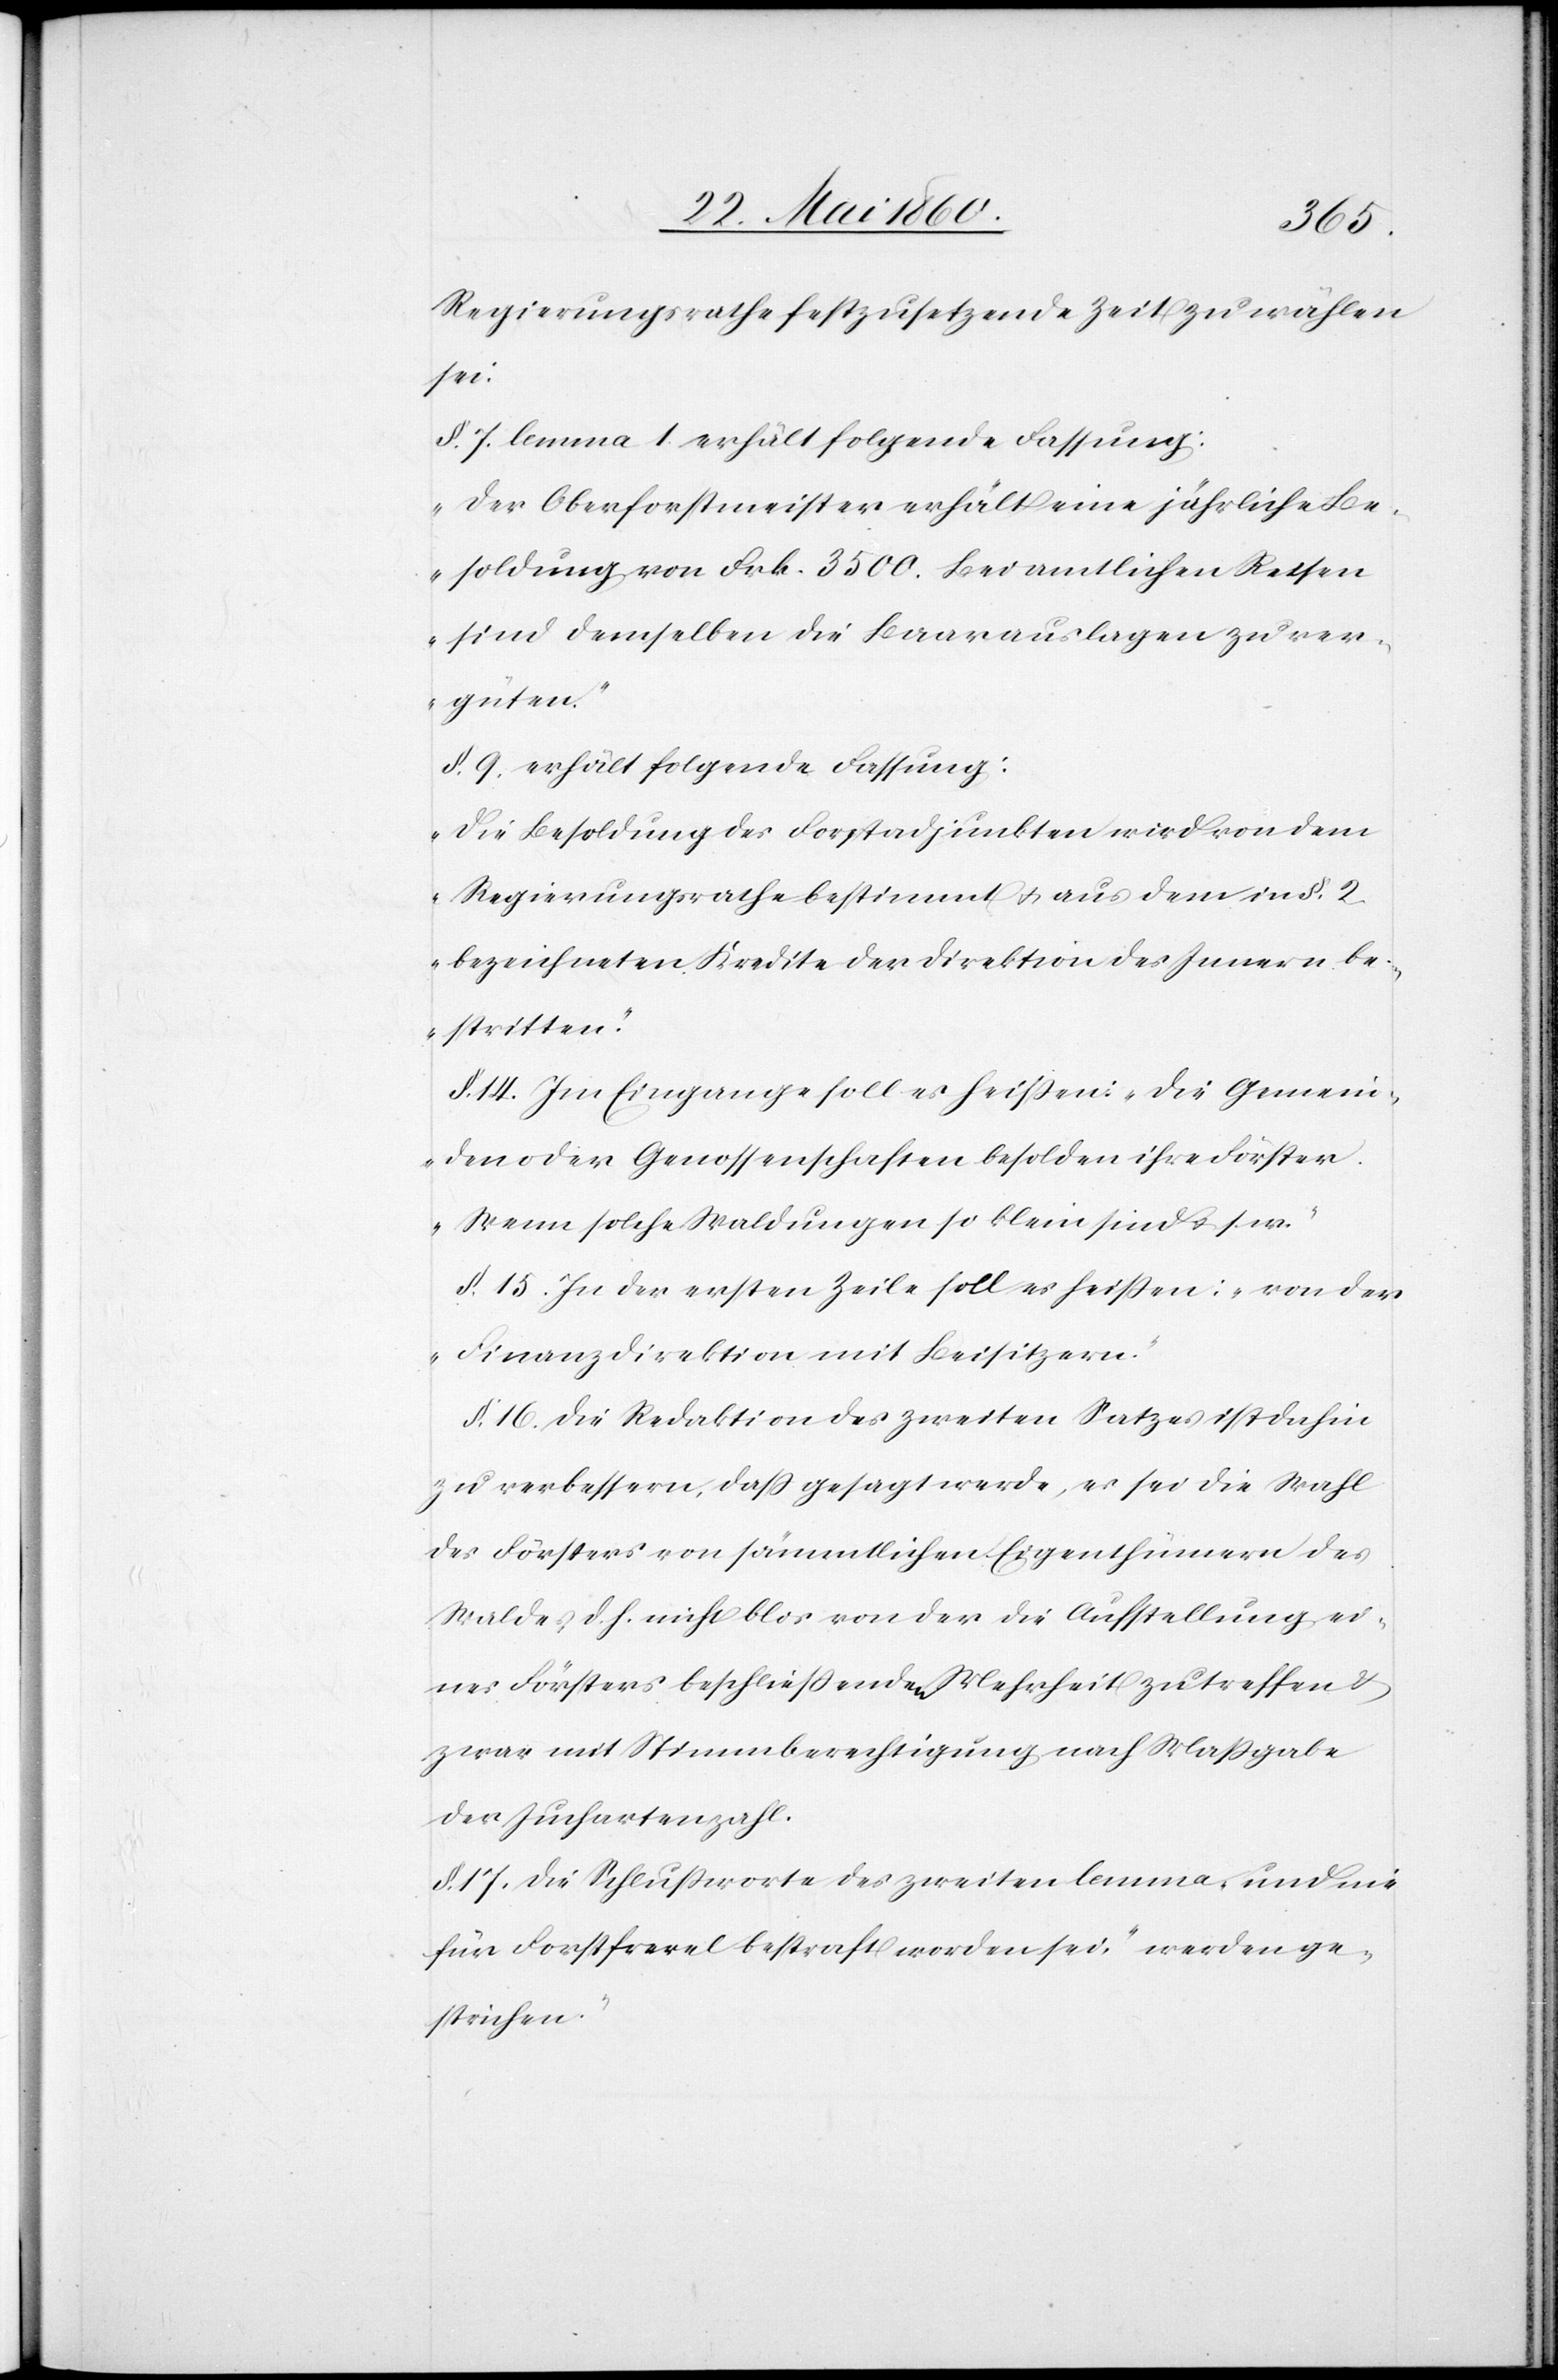
Regierungsrathe festzusetzende Zeit zu wählen
sei:
§. 7. lemma 1 erhält folgende Fassung:
„Der Oberforstmeister erhält eine jährliche Be¬
soldung von Frk. 3500. Bei amtlichen Reisen
sind demselben die Baarauslagen zu ver¬
güten.“
§. 9. erhält folgende Fassung:
„Die Besoldung des Forstadjunkten wird von dem
Regierungsrathe bestimmt u. aus dem in §. 2.
bezeichneten Kredite der Direktion des Innern be¬
stritten.“
§. 14. Im Eingage soll es heissen: „Die Gemein¬
den oder Genossenschaften besolden ihre Förster.
Wenn solche Waldungen so klein sind u. s w.“
§. 15. In der ersten Zeile solle es heissen: „von der
Finanzdirektion mit Beisitzern.“
§. 16. Die Redaktion des zweiten Satzes ist dahin
zu verbessern, dass gesagt werde, es sei die Wahl
des Försters von sämmtlichen Eigenthümern des
Waldes d. h. nicht blos von der die Aufstellung ei¬
nes Försters beschliessenden Mehrheit zu treffen u.
zwar mit Stimmberechtigung nach Massgabe
der Juchartenzahl.
§. 17. Die Schlussworte des zweiten lemma „und die
für Forstfrevel bestraft worden sei“ werden ge¬
strichen.“